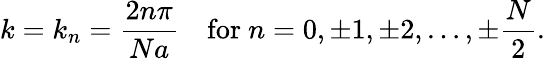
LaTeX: k=k_{n}={\frac{2n\pi}{Na}}\quad{\mathrm{for}}\ n=0,\pm 1,\pm 2,\ldots,\pm{\frac{N}{2}}.